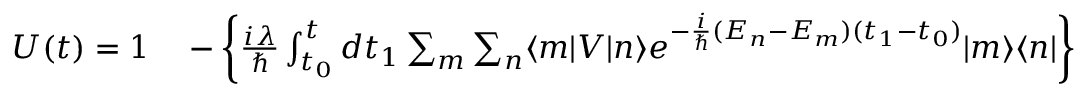
\begin{array} { r l } { U ( t ) = 1 } & { { } - \left\{ { \frac { i \lambda } { \hbar } } \int _ { t _ { 0 } } ^ { t } d t _ { 1 } \sum _ { m } \sum _ { n } \langle m | V | n \rangle e ^ { - { \frac { i } { \hbar } } ( E _ { n } - E _ { m } ) ( t _ { 1 } - t _ { 0 } ) } | m \rangle \langle n | \right\} } \end{array}